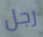
رجل